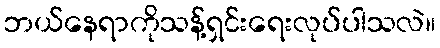
ဘယ်နေရာကိုသန့်ရှင်းရေးလုပ်ပါသလဲ။